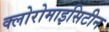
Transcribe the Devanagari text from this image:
क्लोरोमाइसिटीन